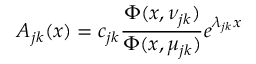
A _ { j k } ( x ) = c _ { j k } { \frac { \Phi ( x , \nu _ { j k } ) } { \Phi ( x , \mu _ { j k } ) } } e \sp { \lambda _ { j k } x }